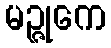
မဉ္ဇုကေ